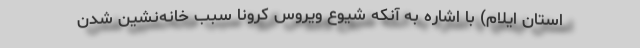
استان ایلام) با اشاره به آنکه شیوع ویروس کرونا سبب خانه‌نشین شدن